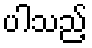
ပါသည့်